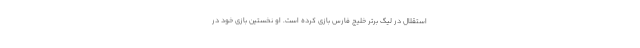
استقلال در لیگ برتر خلیج فارس بازی کرده است. او نخستین بازی خود در